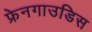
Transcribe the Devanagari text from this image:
फ्रेनगाउडिस